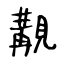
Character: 覯